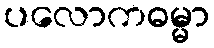
ပလောကဓမ္မာ